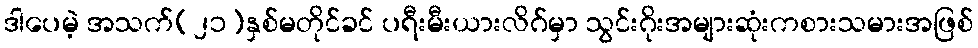
ဒါပေမဲ့ အသက်(၂၁)နှစ်မတိုင်ခင် ပရီးမီးယားလိဂ်မှာ သွင်းဂိုးအများဆုံးကစားသမားအဖြစ်